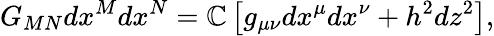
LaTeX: G_{MN}dx^{M}dx^{N}={\cal\mathbb{C}}\left[g_{\mu\nu}dx^{\mu}dx^{\nu}+h^{2}dz^{2}\right],